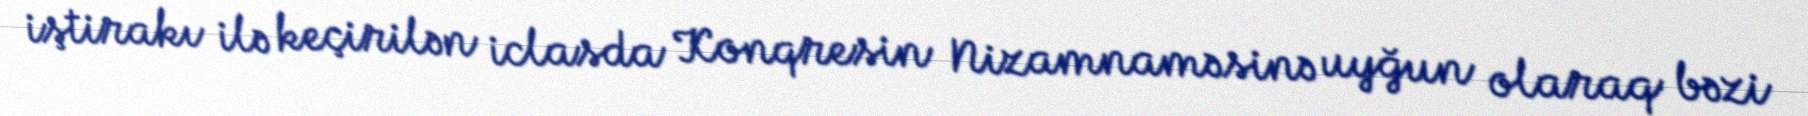
iştirakı ilə keçirilən iclasda Konqresin Nizamnaməsinə uyğun olaraq bəzi